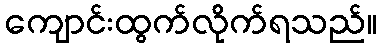
ကျောင်းထွက်လိုက်ရသည်။